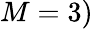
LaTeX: M=3)